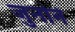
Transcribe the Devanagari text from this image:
जुनोने